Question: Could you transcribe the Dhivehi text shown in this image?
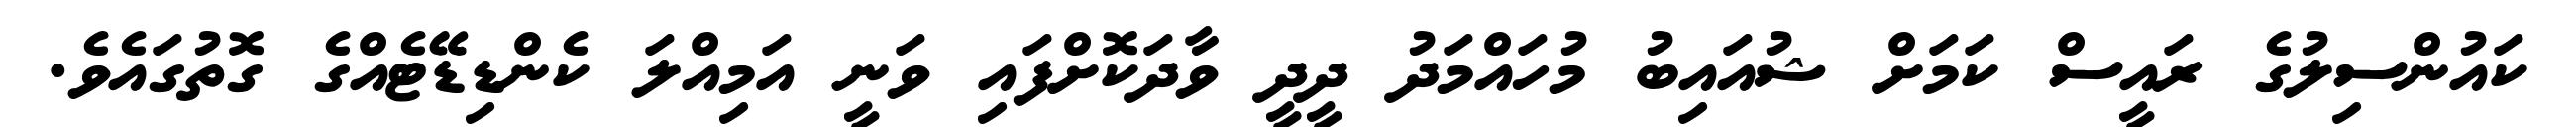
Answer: ކައުންސިލުގެ ރައީސް ކަމަށް ޝުއައިބު މުހައްމަދު ދީދީ ވާދަކޮށްފައި ވަނީ އަމިއްލަ ކެންޑިޑޭޓެއްގެ ގޮތުގައެވެ.